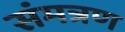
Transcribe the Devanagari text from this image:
संमत्रण